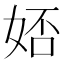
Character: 娝